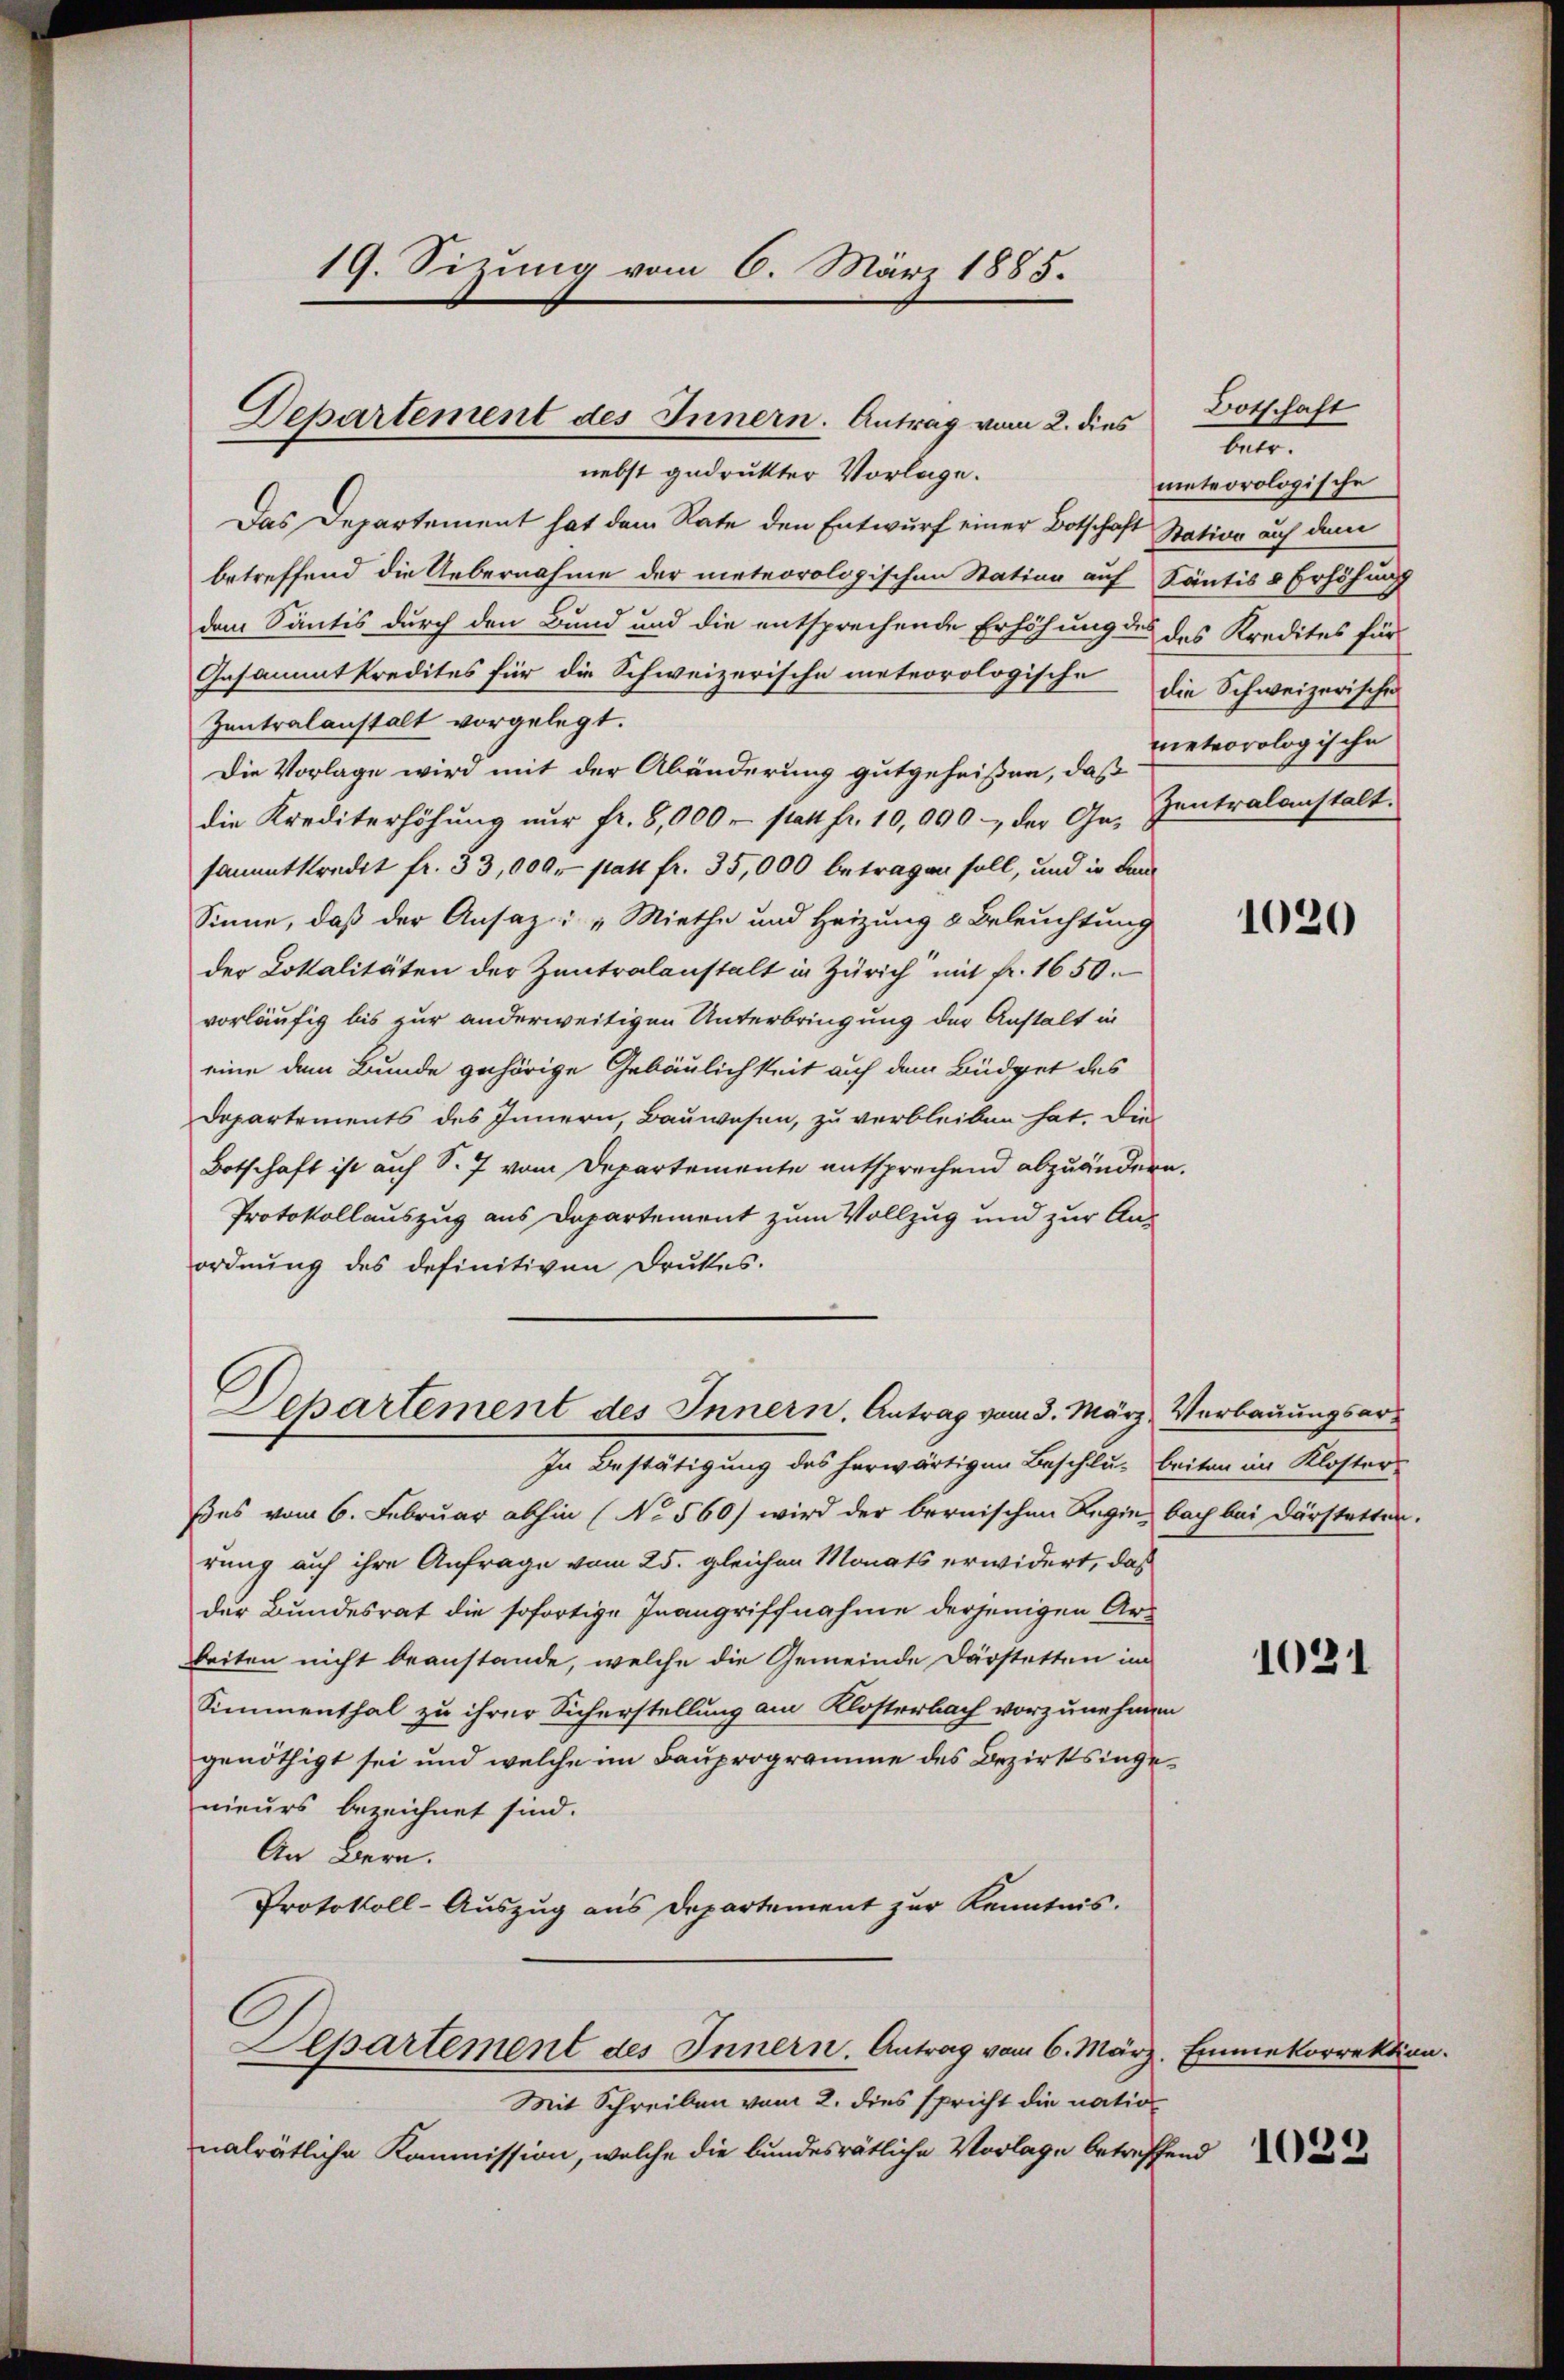
19. Sizung vom 6. März 1885.

nebst gedrukter Vorlage.
Das Departement hat dem Rate den Entwurf einer Botschaft Station auf dem
betreffend die Uebernahme der meteorologischen Station auf Säntis & Erhöhung
dem Säntis durch den Bund und die entsprechende Erhöhung des des Kredites für
Gesammtkredites für die Schweizerische meteorologische die Schweizerische
Zentralanstalt vorgelegt.
Die Vorlage wird mit der Abänderung gutgeheißen, daß
die Krediterhöhung nur fr. 8,000 statt fr. 10,000, der Ge- Zentralanstalt.
sammtkredit fr. 33,000 statt fr. 35,000 betragen soll, und in Lan
Sinne, daß der Ansaz : „Miethe und Heizung & Beleuchtung
der Lokalitäten der Zentralanstalt in Zürich mit Fr. 1650.
vorläufig bis zur anderweitigen Unterbringung der Anstalt in
eine dem Bunde gehörige Gebäulichkeit auf dem Büdget des
Departements des Innern, Bauwesen, zu verbleiben hat. Die
Botschaft ist auf S. 7 vom Departemente entsprechend abzuändern.
Protokollauszug aus Departement zum Vollzug und zur Anordnung des definitiven Drukes.
Departement des Innern, Antrag vom 3. März, Verbauungsar¬
In Bestätigung des herwärtigen Beschluß beiten im Kloster
ßes vom 6. Februar abhin (No 560) wird der bernischen Regie bach bei Dürstetten.
rung auf ihre Anfrage vom 25. gleichen Monats erwidert, das
der Bundesrat die sofortige Inangriffnahme derjenigen Arbeiten nicht beanstande, welche die Gemeinde Darstetten im
Simmenthal zu ihrer Sicherstellung am Klosterbach vorzunehmen
genöthigt sei und welche im Bauprogramme des Bezirksingenieurs bezeichnet sind.
An Bern.
Protokoll-Auszug aus Departement zur Kenntnis.
Departement des Innern. Antrag vom 6. März. Emmekorrektion
Mit Schreiben vom 2. dies spricht die nation
nalrätliche Kommission, welche die bundesrätliche Vorlage betreffend

Departement des Innern. Antrag vom 2. dies

Botschaft
tet.
meteorologische
meteorologische

1020

1021

1029